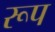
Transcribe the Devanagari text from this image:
रूप